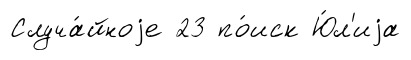
Случа́йноjе 23 по́иск Ю́л'иjа